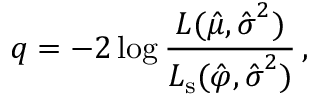
q = - 2 \log \frac { L ( \hat { \mu } , \hat { \boldsymbol { \sigma } } ^ { 2 } ) } { L _ { \mathrm { s } } ( \hat { \boldsymbol { \varphi } } , \hat { \boldsymbol { \sigma } } ^ { 2 } ) } \, ,